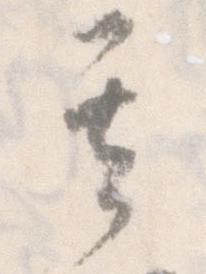
其